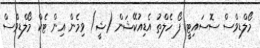
މޯލްޑިވްސް ސޮސައިޓީ ފޯ ހެލްތު އެޑިއުކޭޝަން (ޝީ) ވިމެން އިން ޓެކް މޯލްޑިވްސް